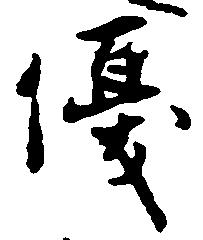
優